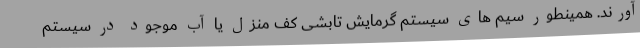
آورند. همینطور سیم های سیستم گرمایش تابشی کف منزل یا آب موجود در سیستم